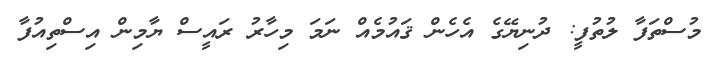
މުސްތަފާ ލުތުފީ: ދުނިޔޭގެ އެހެން ޤައުމެއް ނަމަ މިހާރު ރައީސް ޔާމިން އިސްތިއުފާ